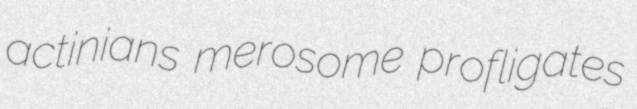
actinians merosome profligates